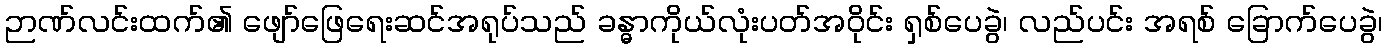
ဉာဏ်လင်းထက်၏ ဖျော်ဖြေရေးဆင်အရုပ်သည် ခန္ဓာကိုယ်လုံးပတ်အဝိုင်း ရှစ်ပေခွဲ၊ လည်ပင်း အရစ် ခြောက်ပေခွဲ၊